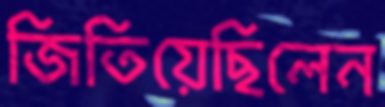
জিতিয়েছিলেন